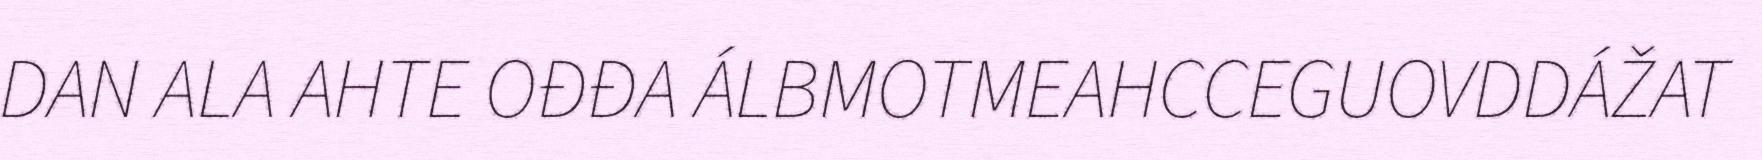
DAN ALA AHTE OĐĐA ÁLBMOTMEAHCCEGUOVDDÁŽAT